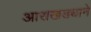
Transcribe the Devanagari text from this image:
आराखड्याने